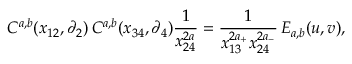
C ^ { a , b } ( x _ { 1 2 } , \partial _ { 2 } ) \, C ^ { a , b } ( x _ { 3 4 } , \partial _ { 4 } ) \frac { 1 } { x _ { 2 4 } ^ { 2 a } } = \frac { 1 } { x _ { 1 3 } ^ { 2 a _ { + } } x _ { 2 4 } ^ { 2 a _ { - } } } \, { \cal { E } } _ { a , b } ( u , v ) ,